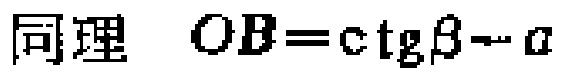
同理 \(OB = \ctg\beta - a\)